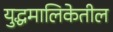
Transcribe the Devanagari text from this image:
युद्धमालिकेतील